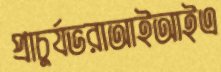
প্রাচুর্যভরাআইআইএ